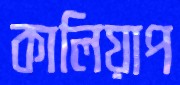
কালিয়াপ